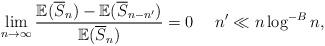
LaTeX: \begin{align*}\lim_{n\rightarrow\infty}\frac{\mathbb{E}(\overline{S}_n)-\mathbb{E}(\overline{S}_{n-n'})}{\mathbb{E}(\overline{S}_n)}=0 \ \ \ \ n'\ll n \log^{-B} n,\end{align*}